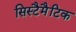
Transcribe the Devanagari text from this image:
सिस्टैमैटिक